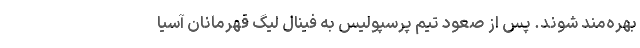
بهره‌مند شوند. پس از صعود تیم پرسپولیس به فینال لیگ قهرمانان آسیا